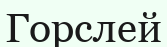
Горслей